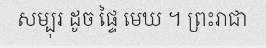
សម្បុរ ដូច ផ្ទៃ មេឃ ។ ព្រះរាជា